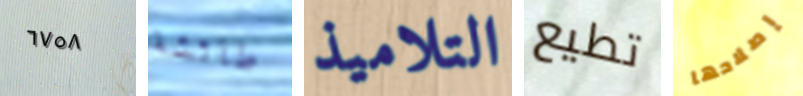
٦٧٥٨ طائشة التلاميذ تطيع إصلاحها